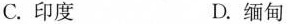
C.印度 D.缅甸